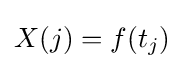
X(j)=f(t_{j})